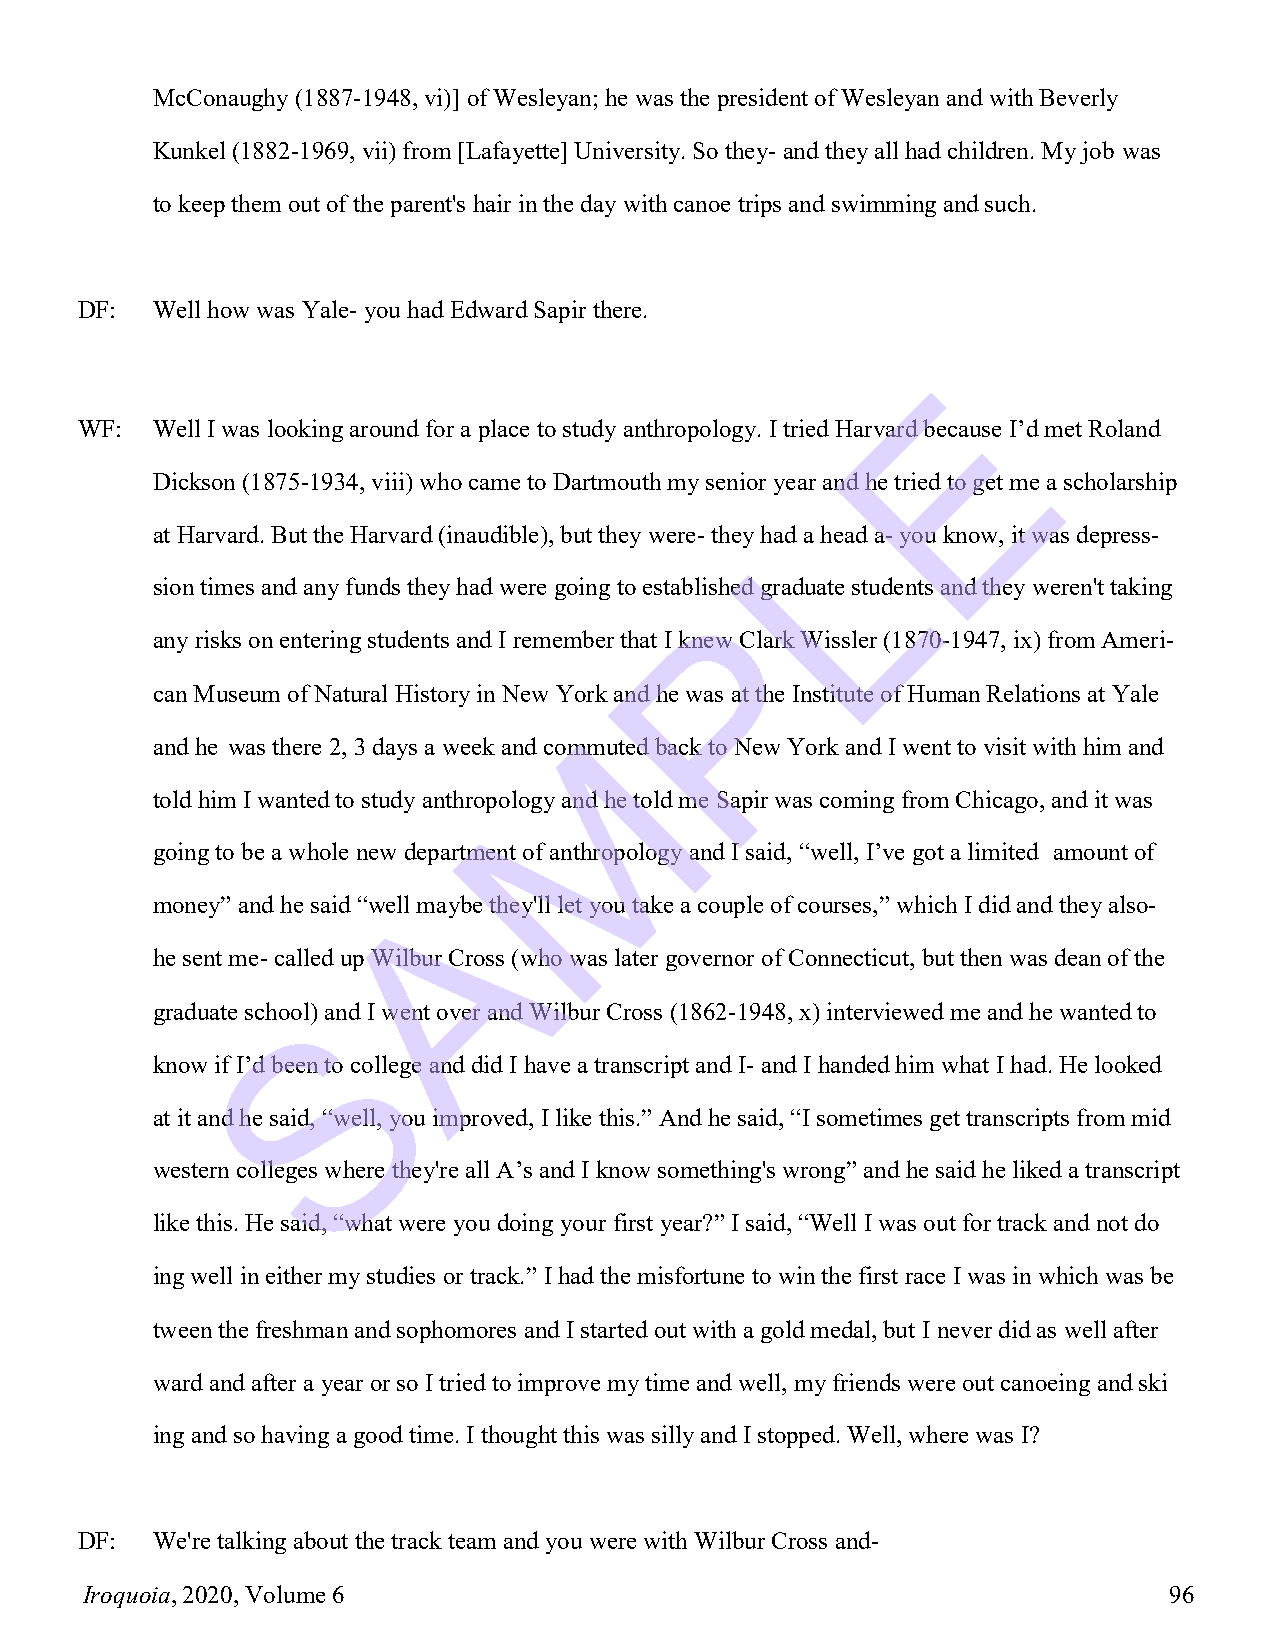
McConaughy (1887-1948, vi)] of Wesleyan; he was the president of Wesleyan and with Beverly
 Kunkel (1882-1969, vii) from [Lafayette] University. So they- and they all had children. My job was
 to keep them out of the parent's hair in the day with canoe trips and swimming and such.
 DF:  Well how was Yale- you had Edward Sapir there.
 E
 WF:  Well I was looking around for a place to study anthropology. I tried Harvard because I’d met Roland
 Dickson (1875-1934, viii) who came to Dartmouth my senior year and he tried to get me a scholarship
 L
 at Harvard. But the Harvard (inaudible), but they were- they had a head a- you know, it was depress-
 sion times and any funds they had were going to established graduate students and they weren't taking
 P
 any risks on entering students and I remember that I knew Clark Wissler (1870-1947, ix) from Ameri-
 can Museum of Natural History in New York and he was at the Institute of Human Relations at Yale
 M
 and he was there 2, 3 days a week and commuted back to New York and I went to visit with him and
 told him I wanted to study anthropology and he told me Sapir was coming from Chicago, and it was
 going to be a whole new department of anthropology and I said, “well, I’ve got a limited amount of
 A
 money” and he said “well maybe they'll let you take a couple of courses,” which I did and they also-
 he sent me- called up Wilbur Cross (who was later governor of Connecticut, but then was dean of the
 graduate schooSl) and I went over and Wilbur Cross (1862-1948, x) interviewed me and he wanted to
 know if I’d been to college and did I have a transcript and I- and I handed him what I had. He looked
 at it and he said, “well, you improved, I like this.” And he said, “I sometimes get transcripts from mid
 western colleges where they're all A’s and I know something's wrong” and he said he liked a transcript
 like this. He said, “what were you doing your first year?” I said, “Well I was out for track and not do
 ing well in either my studies or track.” I had the misfortune to win the first race I was in which was be
 tween the freshman and sophomores and I started out with a gold medal, but I never did as well after
 ward and after a year or so I tried to improve my time and well, my friends were out canoeing and ski
 ing and so having a good time. I thought this was silly and I stopped. Well, where was I?
 DF:  We're talking about the track team and you were with Wilbur Cross and-
 Iroquoia, 2020, Volume 6                                                96